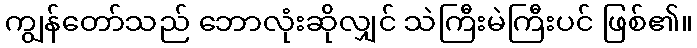
ကျွန်တော်သည် ဘောလုံးဆိုလျှင် သဲကြီးမဲကြီးပင် ဖြစ်၏။